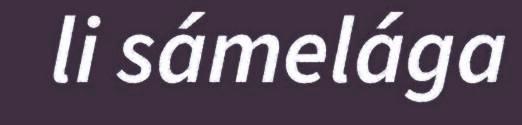
li sámelága